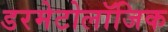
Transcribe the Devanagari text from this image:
डरमेटोलॉजिक